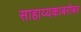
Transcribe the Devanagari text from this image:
साहाय्यकाबरोबर